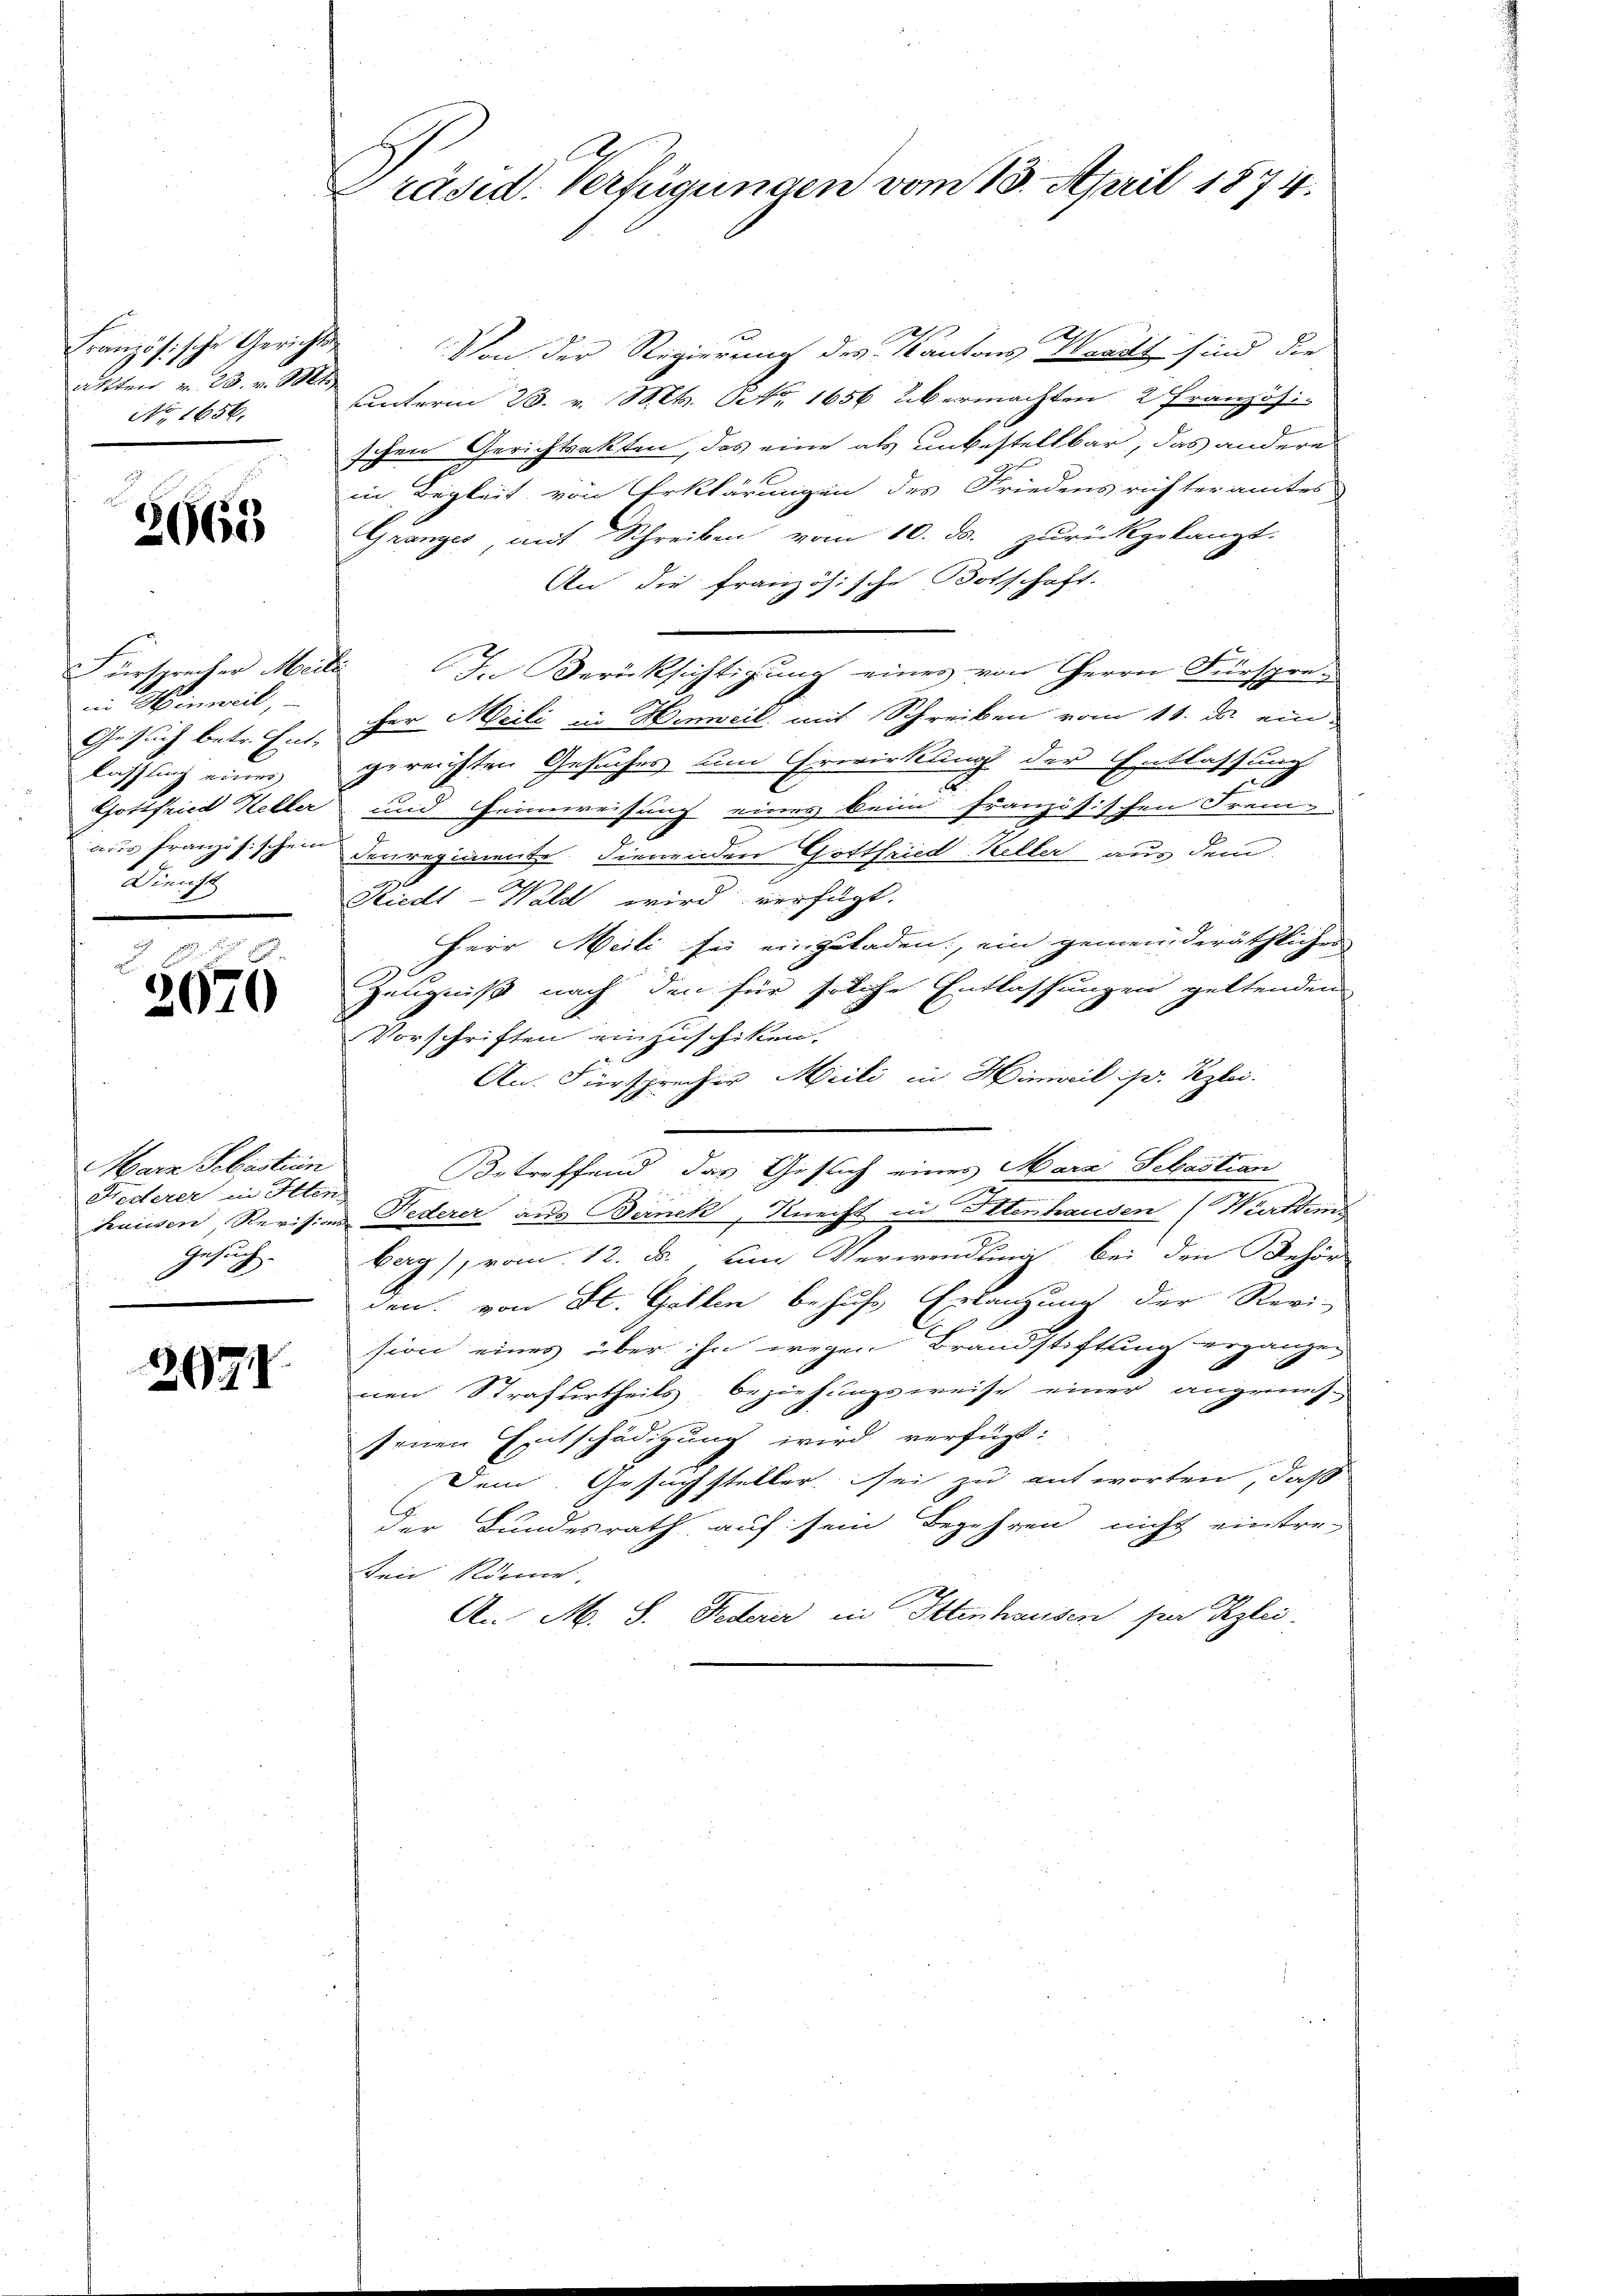
Französische Gerichtsanten 23. v. Mt
No. 1656.

2063

Fürsprecher Meili
in Hinweil,
lassling eines
Dienst

3670

Marn Sebastian
Federer in Iten-
Gesuch. |

2971

Präsid. Verfügungen vom 13. April 1874.

Von der Regierung des Kantons Werdt sind die
unterm 28. v. Mt. Nr. 1656 übermachten 2 Französ.
schen Gerichtsakten, das eine als unbestellbar, das andere
in Begleit von Erklärungen des Friedensrichteramtes
Gränz(...) mit Schreiben vom 10. ds. zurückgelangt.
An die französische Botschaft.
In Berücksichtigung einer von Herrn Fürspre¬
Gesuch betr. Er für Meili in Hinweil mit Schreiben vom 11. ds. eingereichten Gesuches um Erwirkling der Entlassung
Gottfried Keller und Heimweisung eines beim Französischen Freu-
aus französischen denregimente dienenden Gottfried Keller aus dem
u
Kiedt-Wald wird verfügt.
Herr Meili se einzuladen, ein gemeinderäthlichen
Zeugniß nach den für solche Entlassungen geltenden
Vorschriften einzuschiken.
An. Fürsprecher Meili in Hinweil ihr Kzlei.
Betreffend das Gesuch eines Mara Sebastian
haisen, Revisions Pederer aus Beinck, Knecht in Ottenhausen (Wietten
berg), vom 12. d. um Verwendung bei den Behör
den: von St. Gallen behufs Erlangung der Revi-
sion eines über ihn wegen Brandstiftung ergänzen
nen Strafurtheils beziehungsweise einer angreifsenen Entschädigung wird verfügt:
Dem Gesuchsteller sei zu antworten, daß
der Bundesrath auf sein Begehren nicht eintre-
ten können,
An M. S. Federer in Ittenhausen sein Rzlei-